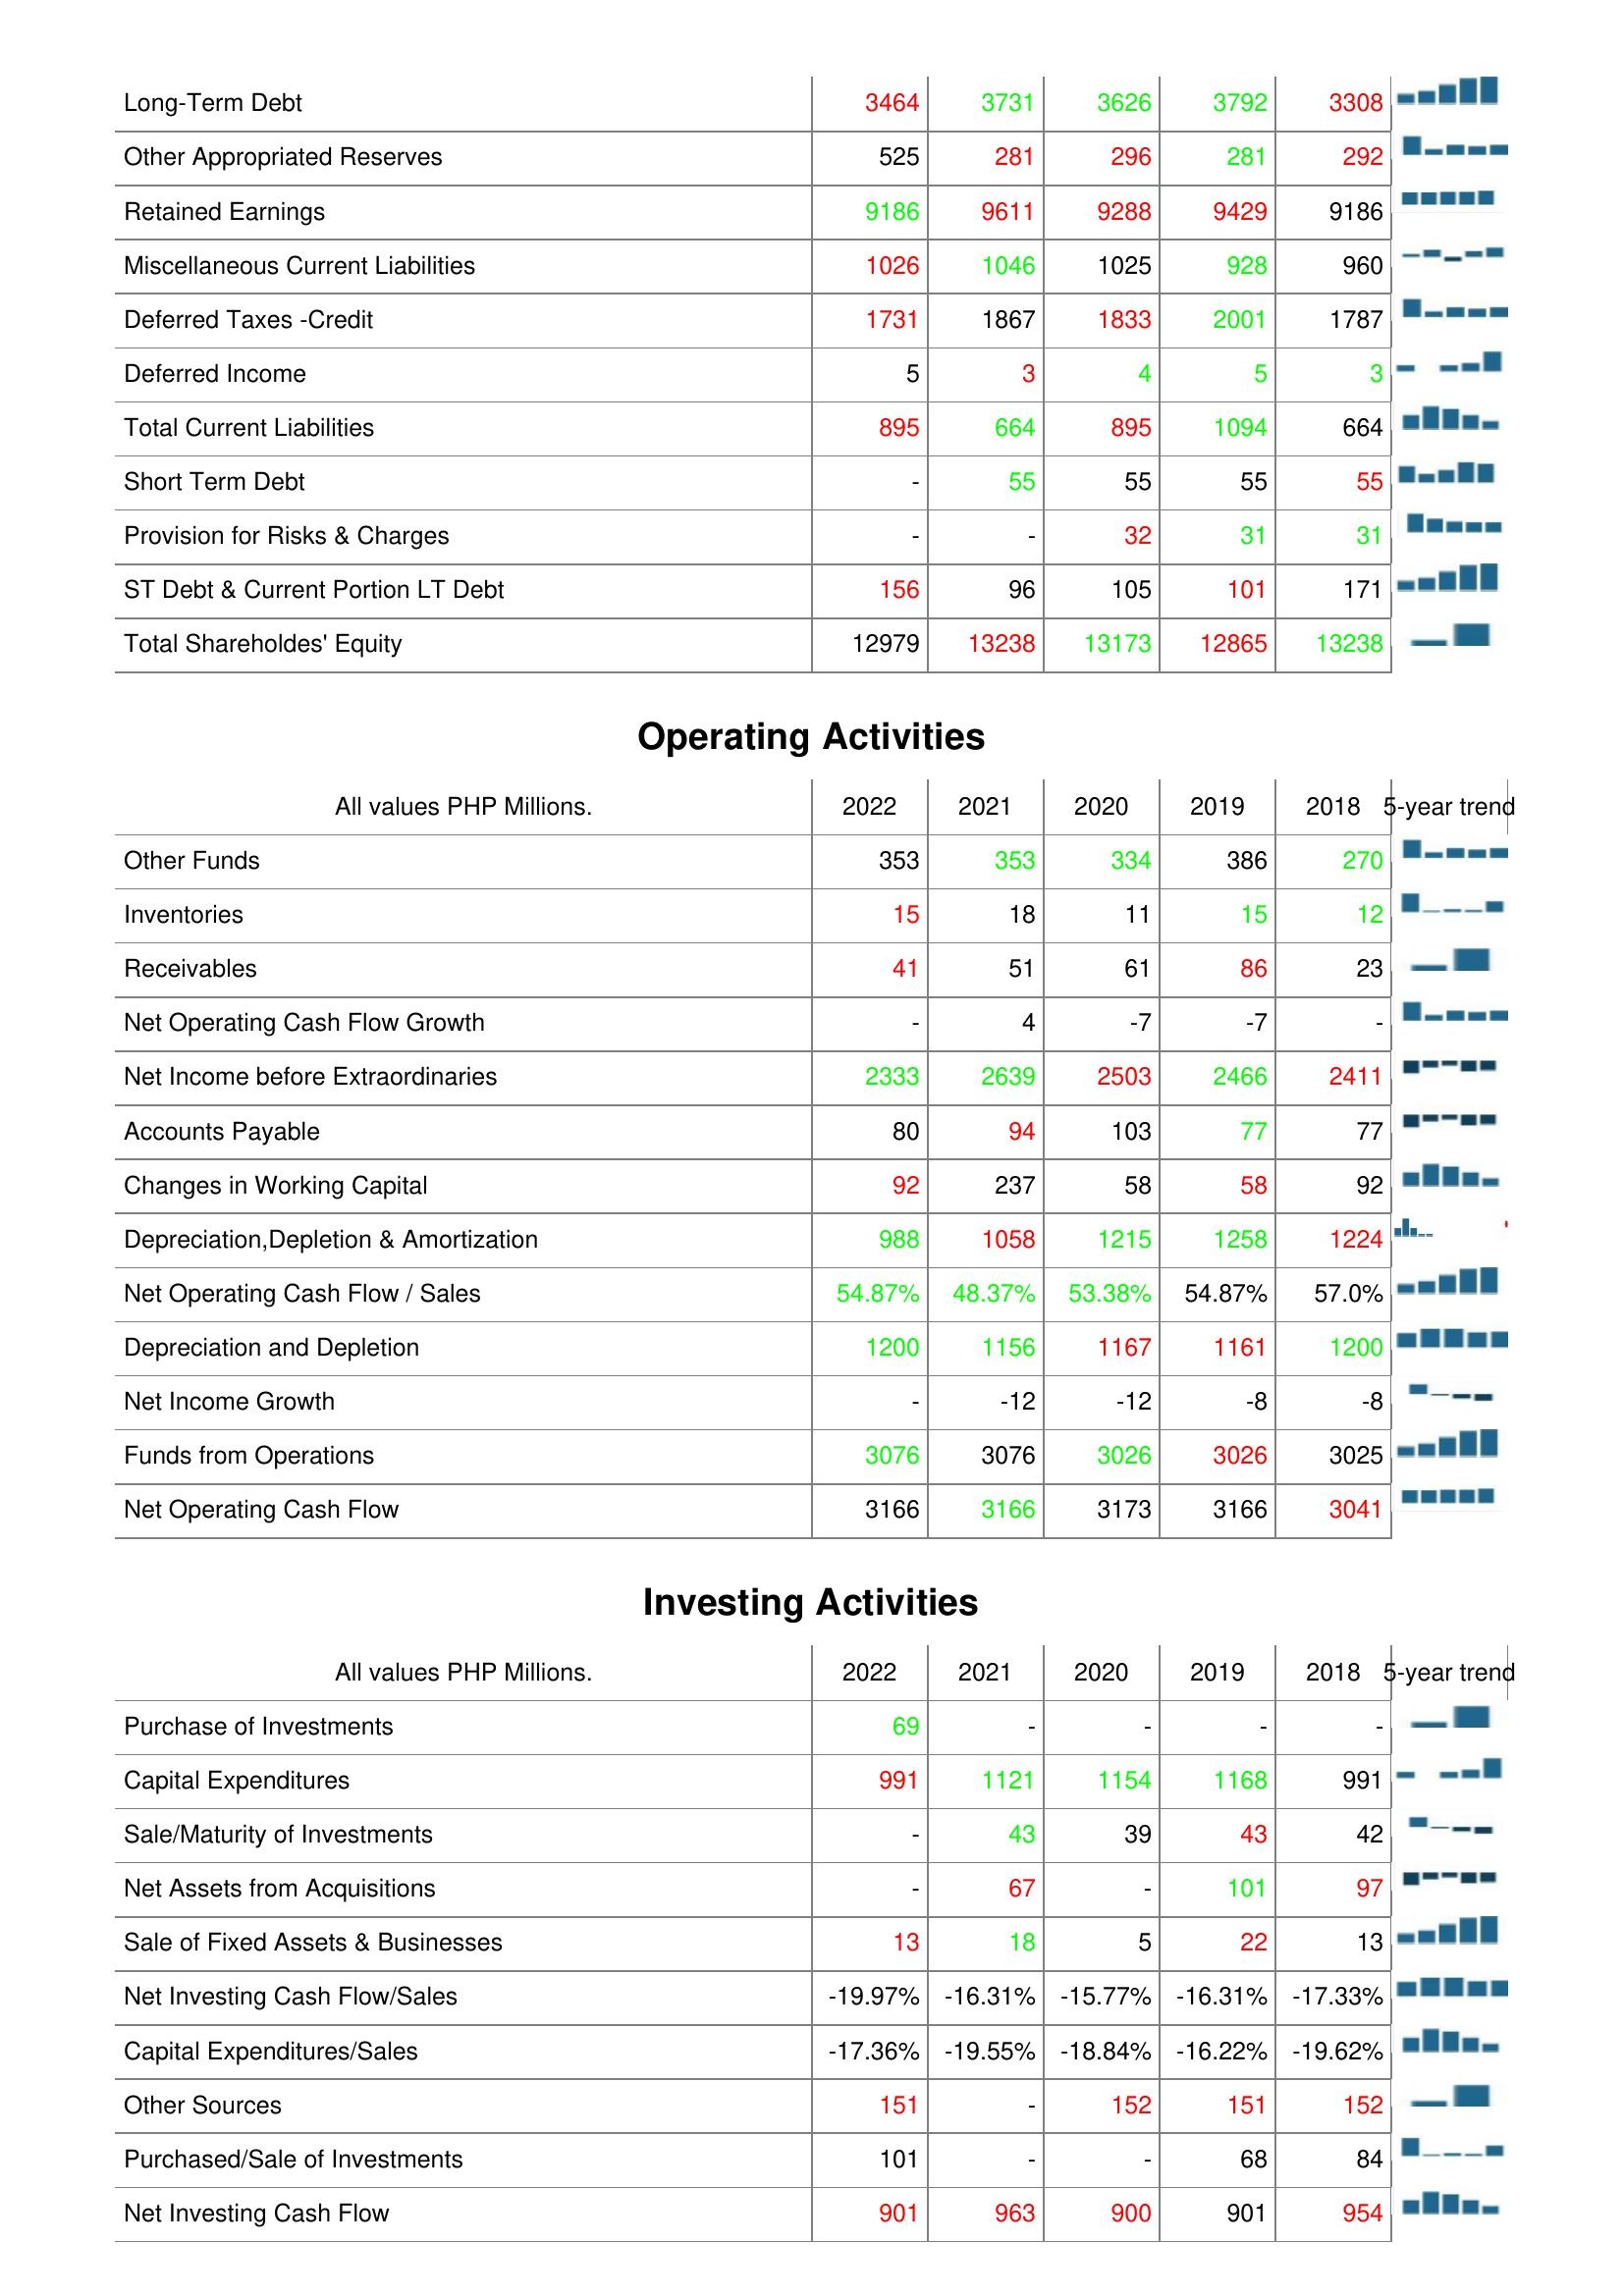
2022: Liabilities & Shareholder's Equity: Long-Term Debt: 3464
Other Appropriated Reserves: 525
Retained Earnings: 9186
Miscellaneous Current Liabilities: 1026
Deferred Taxes -Credit: 1731
Deferred Income: 5
Total Current Liabilities: 895
Short Term Debt: -
Provision for Risks & Charges: -
ST Debt & Current Portion LT Debt: 156
Total Shareholdes' Equity: 12979
Operating Activities: Other Funds: 353
Inventories: 15
Receivables: 41
Net Operating Cash Flow Growth: -
Net Income before Extraordinaries: 2333
Accounts Payable: 80
Changes in Working Capital: 92
Depreciation,Depletion & Amortization: 988
Net Operating Cash Flow / Sales: 54.87%
Depreciation and Depletion: 1200
Net Income Growth: -
Funds from Operations: 3076
Net Operating Cash Flow: 3166
Investing Activities: Purchase of Investments: 69
Capital Expenditures: 991
Sale/Maturity of Investments: -
Net Assets from Acquisitions: -
Sale of Fixed Assets & Businesses: 13
Net Investing Cash Flow/Sales: -19.97%
Capital Expenditures/Sales: -17.36%
Other Sources: 151
Purchased/Sale of Investments: 101
Net Investing Cash Flow: 901
2021: Liabilities & Shareholder's Equity: Long-Term Debt: 3731
Other Appropriated Reserves: 281
Retained Earnings: 9611
Miscellaneous Current Liabilities: 1046
Deferred Taxes -Credit: 1867
Deferred Income: 3
Total Current Liabilities: 664
Short Term Debt: 55
Provision for Risks & Charges: -
ST Debt & Current Portion LT Debt: 96
Total Shareholdes' Equity: 13238
Operating Activities: Other Funds: 353
Inventories: 18
Receivables: 51
Net Operating Cash Flow Growth: 4
Net Income before Extraordinaries: 2639
Accounts Payable: 94
Changes in Working Capital: 237
Depreciation,Depletion & Amortization: 1058
Net Operating Cash Flow / Sales: 48.37%
Depreciation and Depletion: 1156
Net Income Growth: -12
Funds from Operations: 3076
Net Operating Cash Flow: 3166
Investing Activities: Purchase of Investments: -
Capital Expenditures: 1121
Sale/Maturity of Investments: 43
Net Assets from Acquisitions: 67
Sale of Fixed Assets & Businesses: 18
Net Investing Cash Flow/Sales: -16.31%
Capital Expenditures/Sales: -19.55%
Other Sources: -
Purchased/Sale of Investments: -
Net Investing Cash Flow: 963
2020: Liabilities & Shareholder's Equity: Long-Term Debt: 3626
Other Appropriated Reserves: 296
Retained Earnings: 9288
Miscellaneous Current Liabilities: 1025
Deferred Taxes -Credit: 1833
Deferred Income: 4
Total Current Liabilities: 895
Short Term Debt: 55
Provision for Risks & Charges: 32
ST Debt & Current Portion LT Debt: 105
Total Shareholdes' Equity: 13173
Operating Activities: Other Funds: 334
Inventories: 11
Receivables: 61
Net Operating Cash Flow Growth: -7
Net Income before Extraordinaries: 2503
Accounts Payable: 103
Changes in Working Capital: 58
Depreciation,Depletion & Amortization: 1215
Net Operating Cash Flow / Sales: 53.38%
Depreciation and Depletion: 1167
Net Income Growth: -12
Funds from Operations: 3026
Net Operating Cash Flow: 3173
Investing Activities: Purchase of Investments: -
Capital Expenditures: 1154
Sale/Maturity of Investments: 39
Net Assets from Acquisitions: -
Sale of Fixed Assets & Businesses: 5
Net Investing Cash Flow/Sales: -15.77%
Capital Expenditures/Sales: -18.84%
Other Sources: 152
Purchased/Sale of Investments: -
Net Investing Cash Flow: 900
2019: Liabilities & Shareholder's Equity: Long-Term Debt: 3792
Other Appropriated Reserves: 281
Retained Earnings: 9429
Miscellaneous Current Liabilities: 928
Deferred Taxes -Credit: 2001
Deferred Income: 5
Total Current Liabilities: 1094
Short Term Debt: 55
Provision for Risks & Charges: 31
ST Debt & Current Portion LT Debt: 101
Total Shareholdes' Equity: 12865
Operating Activities: Other Funds: 386
Inventories: 15
Receivables: 86
Net Operating Cash Flow Growth: -7
Net Income before Extraordinaries: 2466
Accounts Payable: 77
Changes in Working Capital: 58
Depreciation,Depletion & Amortization: 1258
Net Operating Cash Flow / Sales: 54.87%
Depreciation and Depletion: 1161
Net Income Growth: -8
Funds from Operations: 3026
Net Operating Cash Flow: 3166
Investing Activities: Purchase of Investments: -
Capital Expenditures: 1168
Sale/Maturity of Investments: 43
Net Assets from Acquisitions: 101
Sale of Fixed Assets & Businesses: 22
Net Investing Cash Flow/Sales: -16.31%
Capital Expenditures/Sales: -16.22%
Other Sources: 151
Purchased/Sale of Investments: 68
Net Investing Cash Flow: 901
2018: Liabilities & Shareholder's Equity: Long-Term Debt: 3308
Other Appropriated Reserves: 292
Retained Earnings: 9186
Miscellaneous Current Liabilities: 960
Deferred Taxes -Credit: 1787
Deferred Income: 3
Total Current Liabilities: 664
Short Term Debt: 55
Provision for Risks & Charges: 31
ST Debt & Current Portion LT Debt: 171
Total Shareholdes' Equity: 13238
Operating Activities: Other Funds: 270
Inventories: 12
Receivables: 23
Net Operating Cash Flow Growth: -
Net Income before Extraordinaries: 2411
Accounts Payable: 77
Changes in Working Capital: 92
Depreciation,Depletion & Amortization: 1224
Net Operating Cash Flow / Sales: 57.0%
Depreciation and Depletion: 1200
Net Income Growth: -8
Funds from Operations: 3025
Net Operating Cash Flow: 3041
Investing Activities: Purchase of Investments: -
Capital Expenditures: 991
Sale/Maturity of Investments: 42
Net Assets from Acquisitions: 97
Sale of Fixed Assets & Businesses: 13
Net Investing Cash Flow/Sales: -17.33%
Capital Expenditures/Sales: -19.62%
Other Sources: 152
Purchased/Sale of Investments: 84
Net Investing Cash Flow: 954